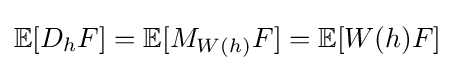
\mathbb {E} [D_{h}F]=\mathbb {E} [M_{W(h)}F]=\mathbb {E} [W(h)F]